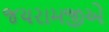
જયરામજીએ